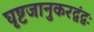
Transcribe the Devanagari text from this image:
घृष्टजानुकरद्वंद्वः